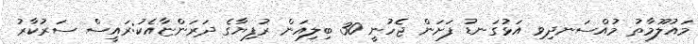
މައުލޫމާތު މުއްސަނދިވި އަޅުގަނޑު ފަށަން ޖެހުނީ 30 ބިލިއަން ރުފިޔާގެ ދަރަންޏާއެކު:ރައީސް ސަރުކާރު